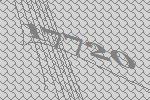
17720